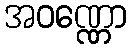
အဝဏ္ဏော